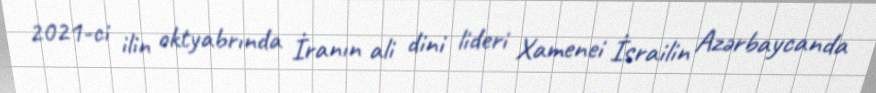
2021-ci ilin oktyabrında İranın ali dini lideri Xamenei İsrailin Azərbaycanda